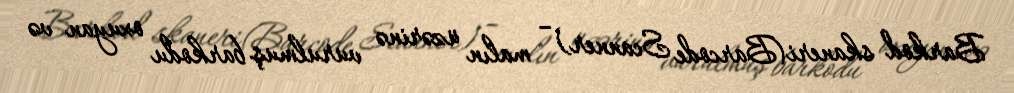
Barkod skaneri(Barcode Scanner) – malın üzərinə vurulmuş barkodu oxuyan və